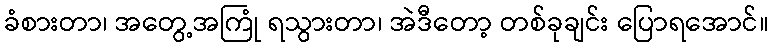
ခံစားတာ၊ အတွေ့အကြုံ ရသွားတာ၊ အဲဒီတော့ တစ်ခုချင်း ပြောရအောင်။